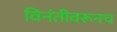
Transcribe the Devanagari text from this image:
विनंतीवरूनच